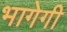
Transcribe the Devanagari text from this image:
भागेगी